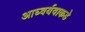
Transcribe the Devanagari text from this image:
आघ्वर्यवाकडे